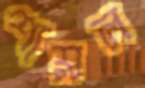
শায়ল